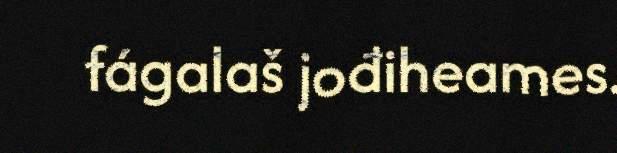
fágalaš jođiheames.